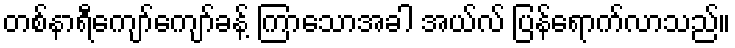
တစ်နာရီကျော်ကျော်ခန့် ကြာသောအခါ အယ်လ် ပြန်ရောက်လာသည်။